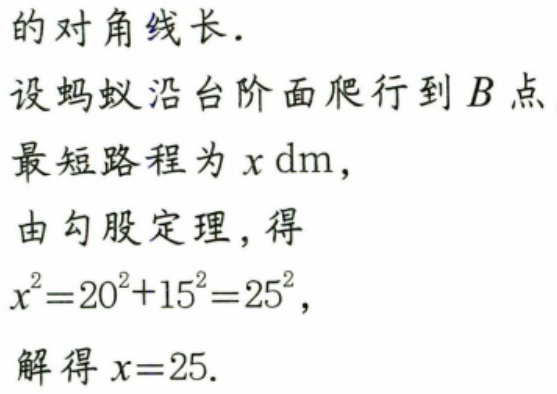
的对角线长.
设蚂蚁沿台阶面爬行到\(B\)点最短路程为\(x\ \mathrm{dm}\)，
由勾股定理，得
\(x^{2}=20^{2}+15^{2}=25^{2}\)，
解得\(x = 25\).